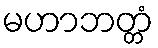
မဟာဘတ္တံ